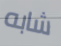
شابه